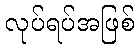
လုပ်ရပ်အဖြစ်